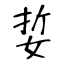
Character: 娎